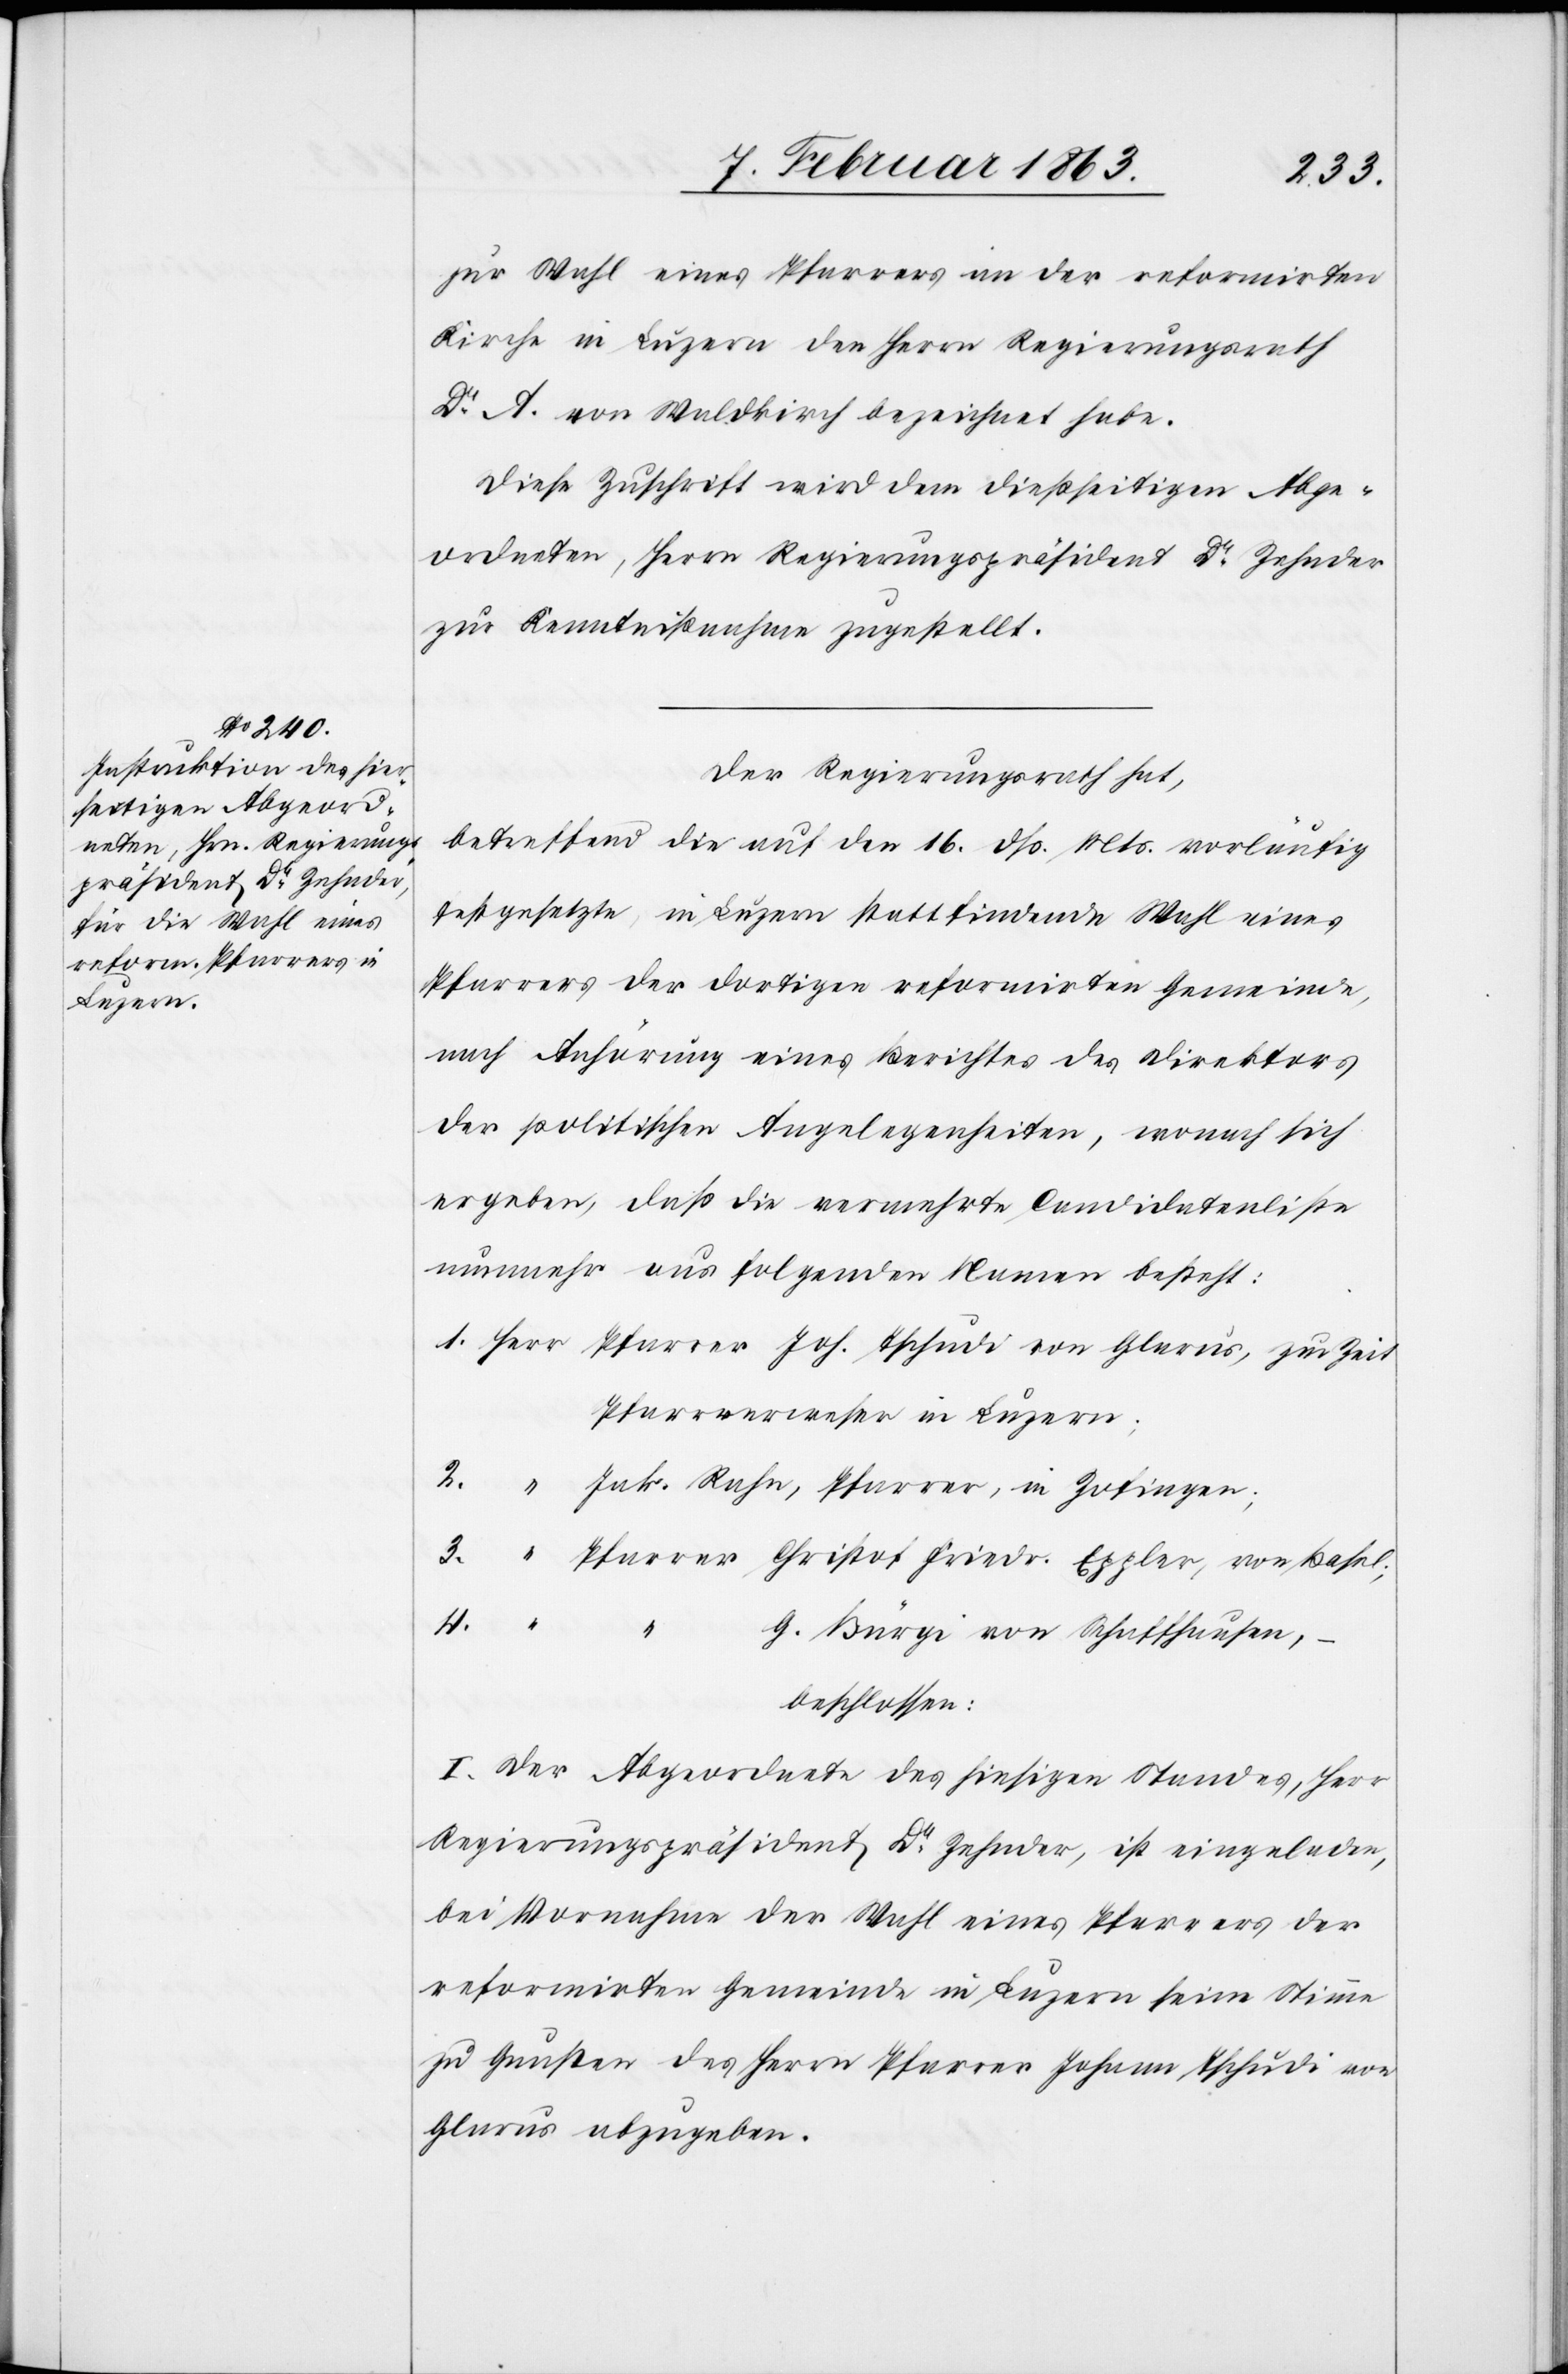
zur Wahl eines Pfarrers an der reformirten
Kirche in Luzern den Herrn Regierungsrath
Dr A. von Waldkirch bezeichnet habe.
Diese Zuschrift wird dem dießseitigen Abge¬
ordneten, Herrn Regierungspräsident Dr Zehnder
zur Kenntnißnahme zugestellt.
Der Regierungsrath hat,
betreffend die auf den 16. dß. Mts. vorläufig
festgesetzte, in Luzern statt findende Wahl eines
Pfarrers der dortigen reformirten Gemeinde,
nach Anhörung eines Berichtes des Direktors
der politischen Angelegenheiten, wonach sich
ergeben, daß die vermehrte Candidatenliste
nunmehr aus folgenden Namen besteht:
1. Herr Pfarrer Joh. Tschudi von Glarus, zur Zeit
Pfarrverweser in Luzern;
2.	“	 Jak. Rahn, Pfarrer in Zofingen;
3.	“	 Pfarrer Christof Friedr. Eppler, von Basel;
G. Bürgi von Schaffhausen,
beschlossen:
I. Der Abgeordnete des hiesigen Standes, Herr
Regierungspräsident Dr Zehnder, ist eingeladen,
bei Vornahme der Wahl eines Pfarrers der
reformirten Gemeinde in Luzern seine Stimme
zu Gunsten des Herrn Pfarrer Johann Tschudi von
Glarus abzugeben.